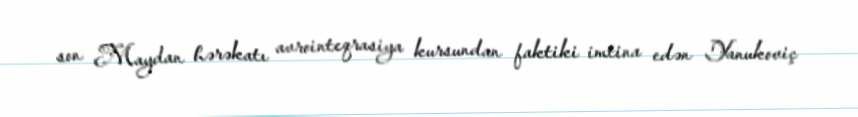
son Maydan hərəkatı avrointeqrasiya kursundan faktiki imtina edən Yanukoviç